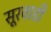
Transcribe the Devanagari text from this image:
सूरवाडी